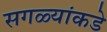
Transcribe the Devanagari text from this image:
सगळ्यांकडे